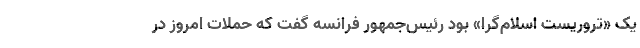
یک «تروریست اسلام‌گرا» بود رئیس‌جمهور فرانسه گفت که حملات امروز در